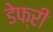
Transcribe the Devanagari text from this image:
डेफ्री